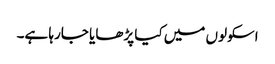
اسکولوں میں کیا پڑھایا جارہا ہے۔